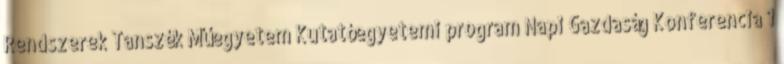
Rendszerek Tanszék Műegyetem Kutatóegyetemi program Napi Gazdaság Konferencia 1